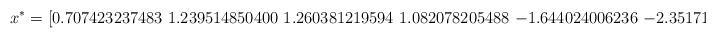
LaTeX: \begin{align*}x^* = [0.707423237483\ 1.239514850400\ 1.260381219594\ 1.082078205488\ {-1.644024006236}\ {-2.351712409938}]\end{align*}